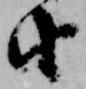
由